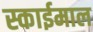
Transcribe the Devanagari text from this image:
स्काईमाल